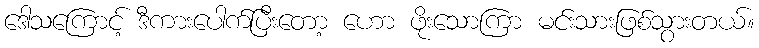
ဒေါသကြောင့် ဒီကားပေါက်ပြီးတော့ ဟော ဖိုးသောကြာ မင်းသားဖြစ်သွားတယ်။